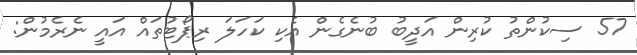
57 ސިކުންތު ކުރިން އަދީބު ބުނެގެން އެކި ކަހަލަ ރިޕޯޓުތައް އައީ ނެރެމުން: